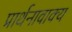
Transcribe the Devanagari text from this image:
प्रार्थनावाक्य